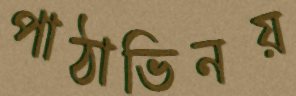
পাঠাভিনয়